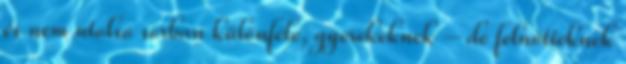
és nem utolsó sorban különféle, gyerekeknek – de felnőtteknek